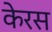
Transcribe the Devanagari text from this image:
केरस